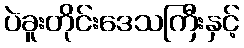
ပဲခူးတိုင်းဒေသကြီးနှင့်